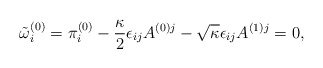
\begin{align*}\tilde{\omega}^{(0)}_i = \pi^{(0)}_i - \frac{\kappa}{2}\epsilon_{ij}A^{(0)j} - \sqrt{\kappa}\epsilon_{ij}A^{(1)j}=0,\end{align*}